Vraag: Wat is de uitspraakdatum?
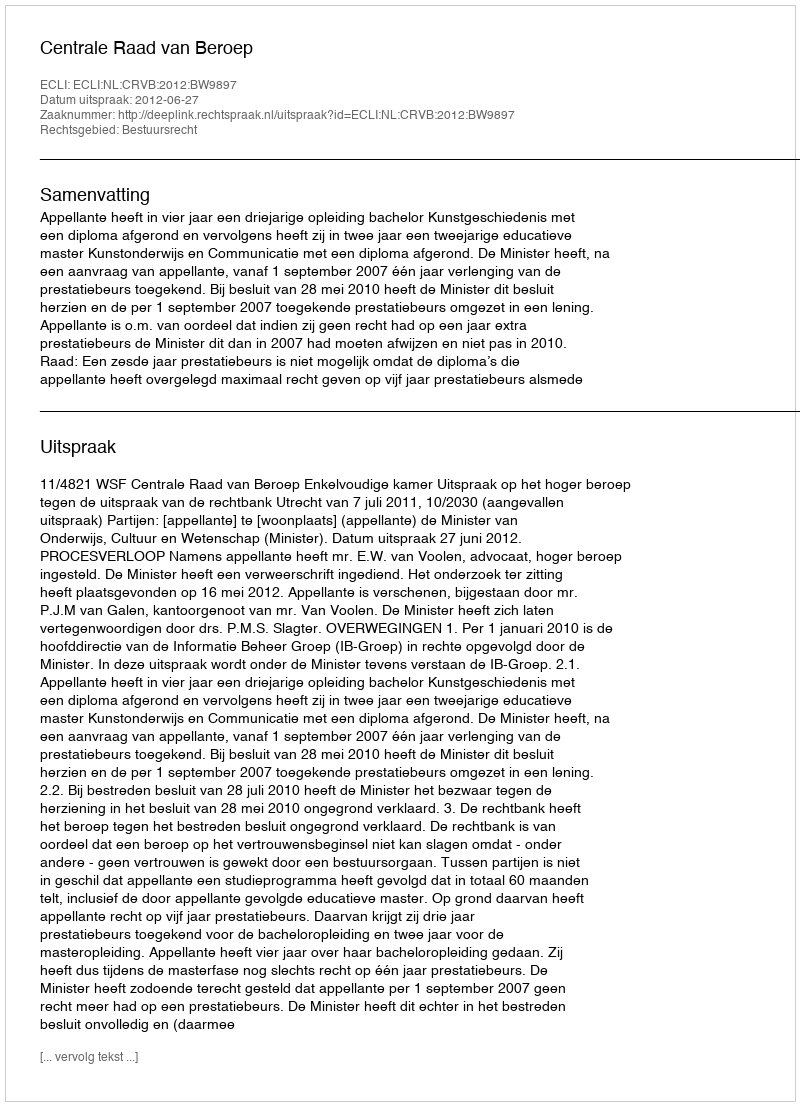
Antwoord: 2012-06-27